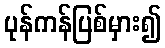
ပုန်ကန်ပြစ်မှား၍